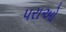
પરાઓ